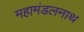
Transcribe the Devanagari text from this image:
महामंडलनाथ